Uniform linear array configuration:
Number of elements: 12
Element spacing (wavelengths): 0.75
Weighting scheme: hann
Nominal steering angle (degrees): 45
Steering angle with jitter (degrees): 43.915
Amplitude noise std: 0.05
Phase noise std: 0.05

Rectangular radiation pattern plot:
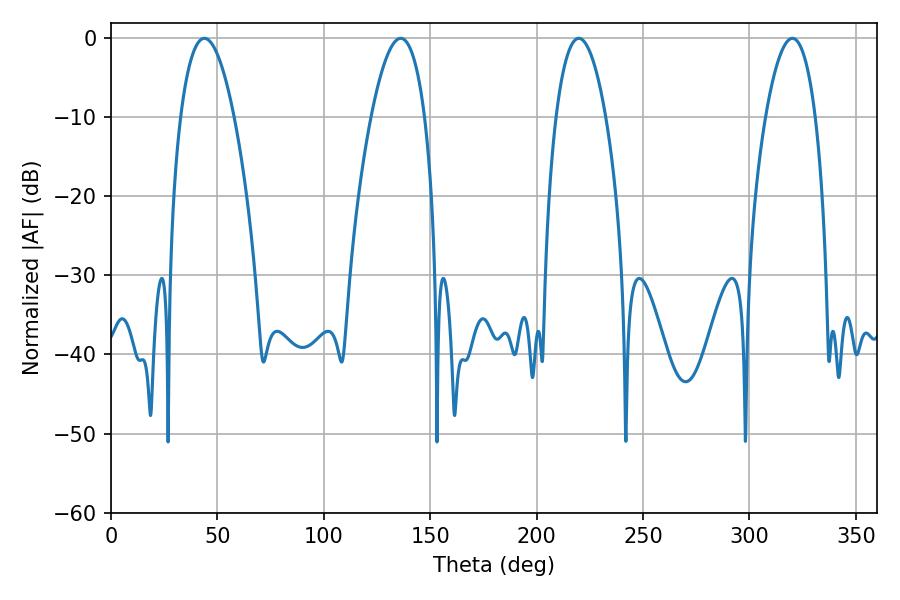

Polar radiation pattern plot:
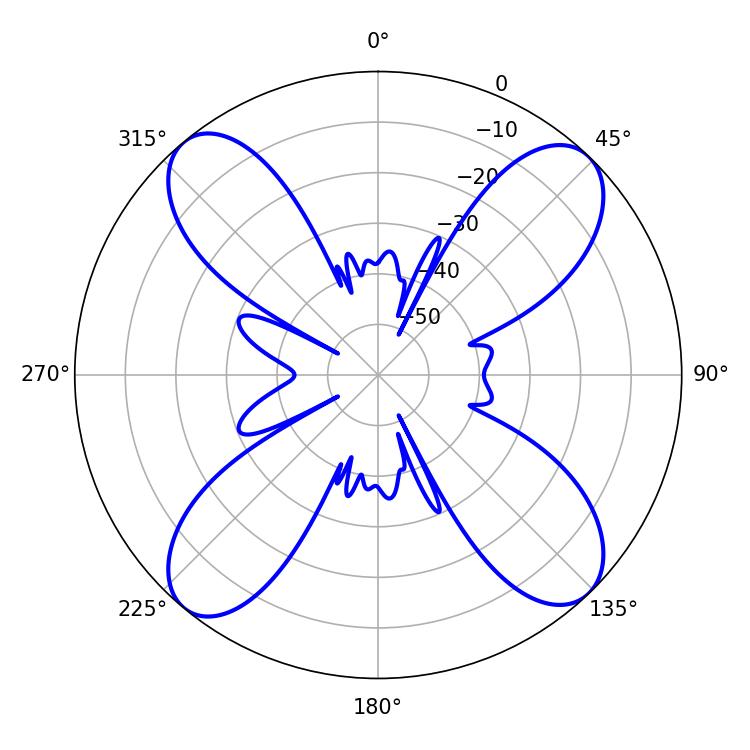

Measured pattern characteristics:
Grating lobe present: TRUE
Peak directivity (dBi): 15.924
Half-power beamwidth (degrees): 12.96
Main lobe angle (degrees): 219.78